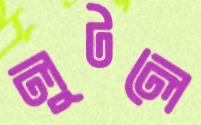
লুটলে